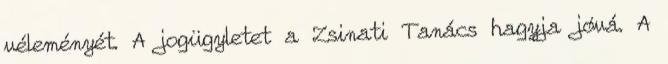
véleményét. A jogügyletet a Zsinati Tanács hagyja jóvá. A